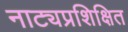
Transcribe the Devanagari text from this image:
नाट्यप्रशिक्षित